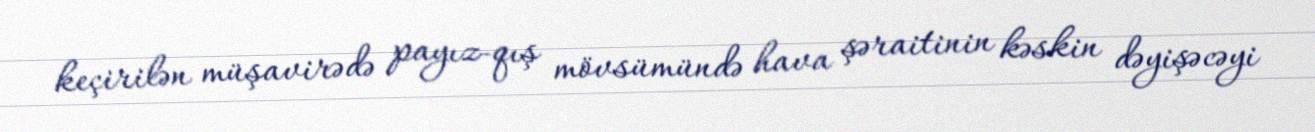
keçirilən müşavirədə payız-qış mövsümündə hava şəraitinin kəskin dəyişəcəyi